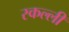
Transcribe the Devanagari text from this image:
स्कल्ली